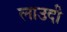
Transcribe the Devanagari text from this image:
लाउदी